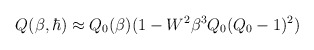
\begin{align*}Q(\beta,\hbar)\approx Q_{0}(\beta)(1-W^{2}\beta^{3}Q_{0}(Q_{0}-1)^{2})\end{align*}